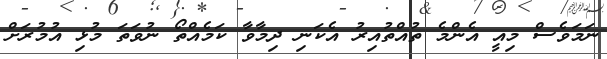
ނަމަވެސް މިއީ އެންމެ ތުއްތުއިރު އެކަނި ދިމާވާ ކަމެއްތޯ ނުވަތަ މުޅި އުމުރަށް